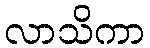
လာသိကာ